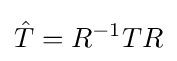
{\hat {T}}=R^{-1}TR